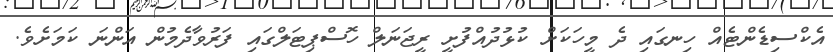
އެކްސިޑެންޓެއް ހިނގައި ދެ މީހަކަށް ކުޅުދުއްފުށީ ރީޖަނަލް ހޮސްޕިޓަލްގައި ފަރުވާދެމުން އަންނަ ކަމަށެވެ.